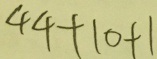
4 4 + 1 0 + 1